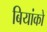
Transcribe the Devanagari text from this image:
बियांको